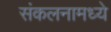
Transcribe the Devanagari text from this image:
संकलनामध्ये